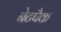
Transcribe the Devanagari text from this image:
नेटपैक